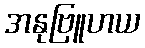
အနုဗြူဟယ